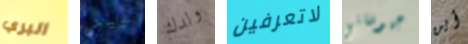
البري عيد ولدك لاتعرفين جيوفاني أين